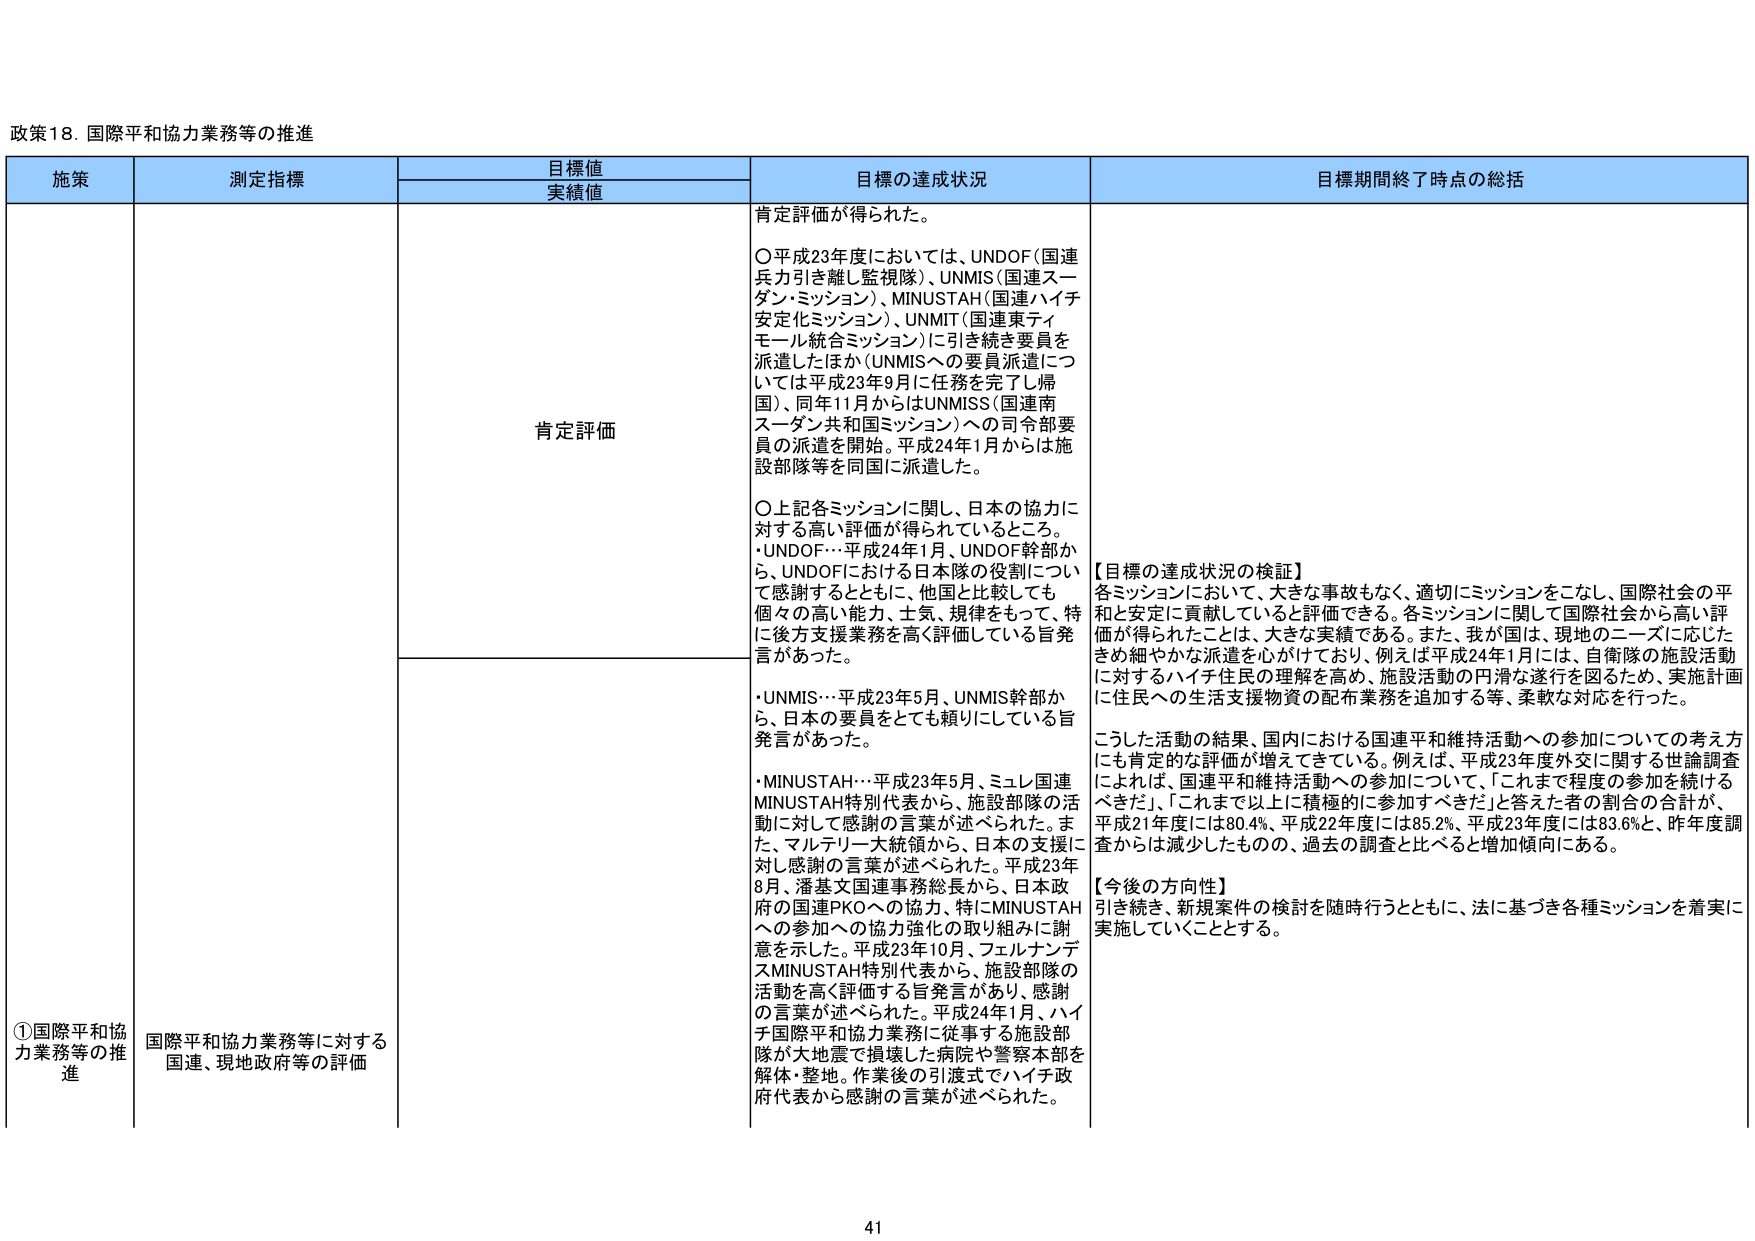
政策18. 国際平和協力業務等の推進

施策	測定指標	目標値	目標の達成状況	目標期間終了時点の総括
		実績値

①国際平和協力業務等の推進	国際平和協力業務等に対する国連、現地政府等の評価	肯定評価	肯定評価が得られた。
○平成23年度においては、UNDOF（国連兵力引き離し監視隊）、UNMIS（国連スーダン・ミッション）、MINUSTAH（国連ハイチ安定化ミッション）、UNMIT（国連東ティモール統合ミッション）に引き続き要員を派遣したほか（UNMISへの要員派遣については平成23年9月に任務を完了し帰国）、同年11月からはUNMISS（国連南スーダン共和国ミッション）への司令部要員の派遣を開始。平成24年1月からは施設部隊等を同国に派遣した。
○上記各ミッションに関し、日本の協力に対する高い評価が得られているところ。
・UNDOF…平成24年1月、UNDOF幹部から、日本隊の役割について感謝するとともに、他国と比較しても個々の高い能力、士気、規律をもって、特に後方支援業務を高く評価している旨発言があった。
・UNMIS…平成23年5月、UNMIS幹部から、日本の要員をとても頼りにしている旨発言があった。
・MINUSTAH…平成23年5月、ミュレ国連MINUSTAH特別代表から、施設部隊の活動に対して感謝の言葉が述べられた。また、マルテリーナ大統領から、日本の支援に対し感謝の言葉が述べられた。平成23年8月、潘基文国連事務総長から、日本政府の国連PKOへの協力、特にMINUSTAHへの参加への協力強化の取り組みに謝意を示した。平成23年10月、フェルナンデスMINUSTAH特別代表から、施設部隊の活動を高く評価する旨発言があり、感謝の言葉が述べられた。平成24年1月、ハイチ国際平和協力業務に従事する施設部隊が大地震で損壊した病院や警察本部を解体・整地。作業後の引渡式でハイチ政府代表から感謝の言葉が述べられた。	【目標の達成状況の検証】
各ミッションにおいて、大きな事故もなく、適切にミッションをこなし、国際社会の平和と安定に貢献していると評価できる。各ミッションに関して国際社会から高い評価が得られたことは、大きな実績である。また、我が国は、現地のニーズに応じたきめ細やかな派遣を心がけており、例えば平成24年1月には、自衛隊の施設活動に対するハイチ住民の理解を高め、施設活動の円滑な遂行を図るため、実施計画に住民への生活支援物資の配布業務を追加する等、柔軟な対応を行った。
こうした活動の結果、国内における国連平和維持活動への参加についての考え方にも肯定的な評価が増えてきている。例えば、平成23年度外交に関する世論調査によれば、国連平和維持活動への参加について、「これまで程度の参加を続けるべきだ」、「これまで以上に積極的に参加すべきだ」と答えた者の割合の合計が、平成21年度には80.4%、平成22年度には85.2%、平成23年度には83.6%と、昨年度調査からは減少したものの、過去の調査と比べると増加傾向にある。
【今後の方針性】
引き続き、新規案件の検討を随時行うとともに、法に基づき各種ミッションを着実に実施していくこととする。

41